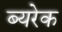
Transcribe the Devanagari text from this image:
ब्यरेक